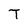
Character: T